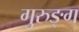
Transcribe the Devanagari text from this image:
गुरुङ्ग